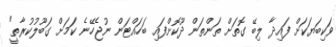
ވަކިބަޔަކަށް ފައިދާ ލިބޭ ގޮތަށް ތަންތަން ދޫކޮށްފައި ބަހައްޓަން ނުޖެހޭނެ ކަމަށް ގަބޫލުކުރާތީ"